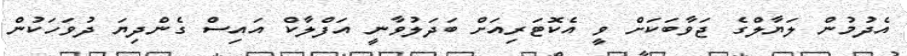
އެދުމުން ލަޔާލްގެ ޖަވާބަކަށް ވީ އެކޮޓަރިއަށް ބަދަލުވާނީ އަފްލާކް އައިސް ގެންދިޔަ ދުވަހަކުން